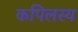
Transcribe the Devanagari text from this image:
कपिलस्य